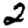
Digit: 2